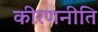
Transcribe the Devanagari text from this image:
कीरणनीति